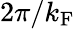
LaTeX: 2\pi/k_{\mathrm{F}}